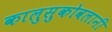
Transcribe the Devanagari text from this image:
कालुसुकोवलानी